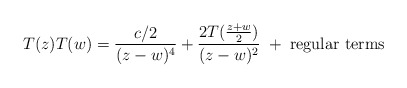
\begin{align*} T(z)T(w)=\frac{c/2}{(z-w)^4} +\frac{2T(\frac{z+w}{2})}{(z-w)^2} \; + \; \mbox{regular terms}\end{align*}